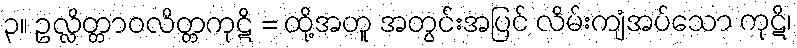
၃။ ဥလ္လိတ္တာဝလိတ္တကုဋိ = ထို့အတူ အတွင်းအပြင် လိမ်းကျံအပ်သော ကုဋိ၊